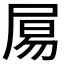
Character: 𡱿